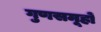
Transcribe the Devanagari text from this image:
गुणसमूहों